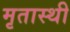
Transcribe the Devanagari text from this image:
मृतास्थी